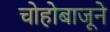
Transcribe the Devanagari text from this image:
चोहोबाजूने